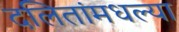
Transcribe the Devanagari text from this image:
दलितांमधल्या